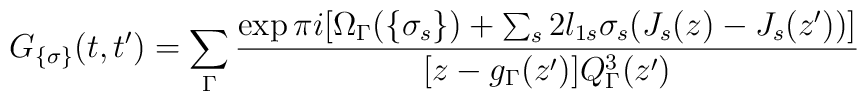
G_{\{\sigma\}}(t,t')= \sum_\Gamma\frac{\exp\pi i[\Omega_\Gamma(\{\sigma_s\})+\sum_s2l_{1s} \sigma_s(J_s(z)-J_s(z'))]} {[z-g_\Gamma(z')]Q_\Gamma^3(z')}